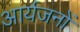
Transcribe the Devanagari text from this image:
आर्यजनों